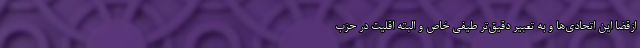
ازقضا این اتحادی‌ها و به تعبیر دقیق‌تر طیفی خاص و البته اقلیت در حزب